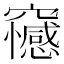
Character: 𥩇